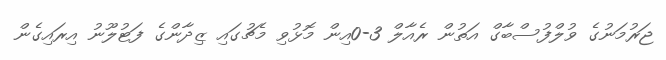
ޖަރުމަނުގެ ވުލްފުސްބާގް އަތުން ރެއާލް 3-0އިން މޮޅުވި މެޗުގައި ޒިދާންގެ ފަޓުލޫނު އިރައިގެން